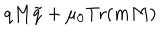
q M \tilde { q } + \mu _ { 0 } \mathrm { T r } ( m M )